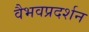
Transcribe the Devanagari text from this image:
वैभवप्रदर्शन